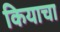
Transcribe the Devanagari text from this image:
कियाचा